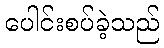
ပေါင်းစပ်ခဲ့သည်